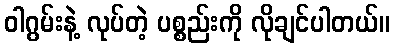
ဝါဂွမ်းနဲ့ လုပ်တဲ့ ပစ္စည်းကို လိုချင်ပါတယ်။